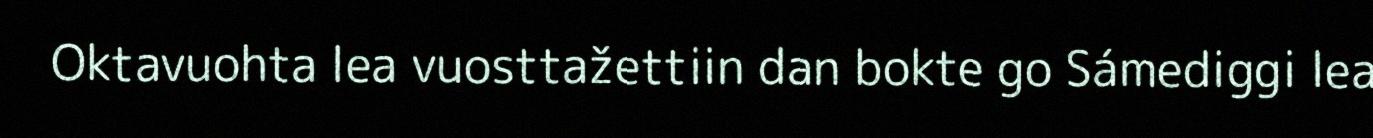
Oktavuohta lea vuosttažettiin dan bokte go Sámediggi lea